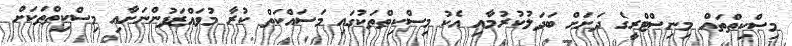
މިސްކިތްތައް މިނިސްޓްރީގެ ދަށަށް ބަދަލުކުރުމާއި އެކު މިސްކިތްތަކުގައި މަސައްކަތް ކުރާ މުވައްޒަފުންނަށާއި މިސްކިތްތަކަށް